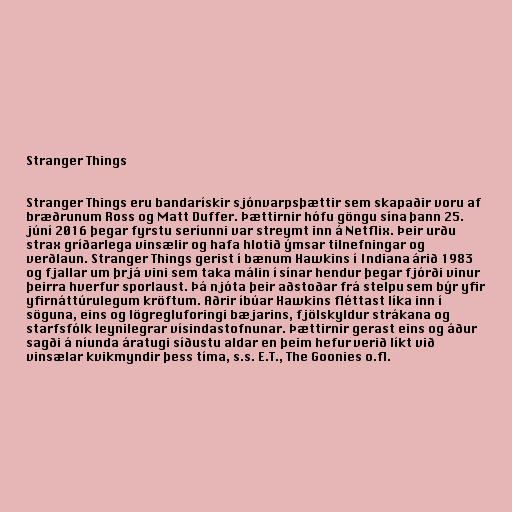
Stranger Things

Stranger Things eru bandarískir sjónvarpsþættir sem skapaðir voru af
bræðrunum Ross og Matt Duffer. Þættirnir hófu göngu sína þann 25.
júní 2016 þegar fyrstu seríunni var streymt inn á Netflix. Þeir urðu
strax gríðarlega vinsælir og hafa hlotið ýmsar tilnefningar og
verðlaun. Stranger Things gerist í bænum Hawkins í Indiana árið 1983
og fjallar um þrjá vini sem taka málin í sínar hendur þegar fjórði vinur
þeirra hverfur sporlaust. Þá njóta þeir aðstoðar frá stelpu sem býr yfir
yfirnáttúrulegum kröftum. Aðrir íbúar Hawkins fléttast líka inn í
söguna, eins og lögregluforingi bæjarins, fjölskyldur strákana og
starfsfólk leynilegrar vísindastofnunar. Þættirnir gerast eins og áður
sagði á níunda áratugi síðustu aldar en þeim hefur verið líkt við
vinsælar kvikmyndir þess tíma, s.s. E.T., The Goonies o.fl.